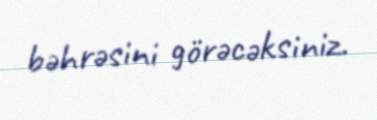
bəhrəsini görəcəksiniz.